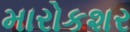
મારોકશર